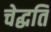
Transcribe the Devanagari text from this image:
चेद्धति